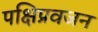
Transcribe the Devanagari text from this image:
पक्षिप्रवजन